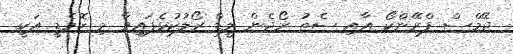
ޖޭމްސް ފްރޭންކޯ އާއި ސެތު ރޯޖެން ލީޑް ރޯލުކުޅެފައިވާ މި ކޮމެޑީ އަކީ